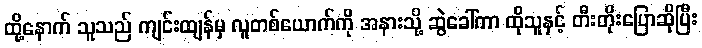
ထို့နောက် သူသည် ကျင်းထျန်မှ လူတစ်ယောက်ကို အနားသို့ ဆွဲခေါ်ကာ ထိုသူနှင့် တီးတိုးပြောဆိုပြီး